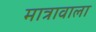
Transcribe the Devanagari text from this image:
मात्रावाला